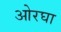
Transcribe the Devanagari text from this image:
ओरघा